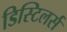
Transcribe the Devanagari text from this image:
डिस्टिलर्स